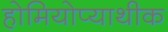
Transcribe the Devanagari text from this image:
होमियोप्याथीक